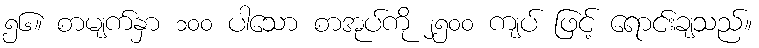
၅၆။ စာမျက်နှာ ၁၀၀ ပါသော စာအုပ်ကို ၂၅၀၀ ကျပ် ဖြင့် ရောင်းချသည်။